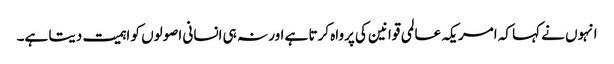
انہوں نے کہا کہ امریکہ عالمی قوانین کی پرواہ کرتا ہے اور نہ ہی انسانی اصولوں کو اہمیت دیتا ہے۔